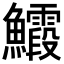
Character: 𮬙